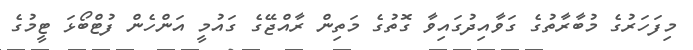
މިފަހަރުގެ މުބާރާތުގެ ގަވާއިދުގައިވާ ގޮތުގެ މަތިން ރާއްޖޭގެ ގައުމީ އަންހެން ފުޓްބޯޅަ ޓީމުގެ